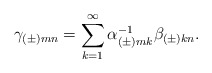
\begin{align*}\gamma_{(\pm)mn}=\sum_{k=1}^\infty\alpha^{-1}_{(\pm)mk}\beta_{(\pm)kn}.\end{align*}